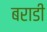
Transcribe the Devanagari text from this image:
बराडी